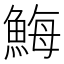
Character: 䱕